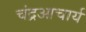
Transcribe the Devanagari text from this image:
चंद्रआचार्य